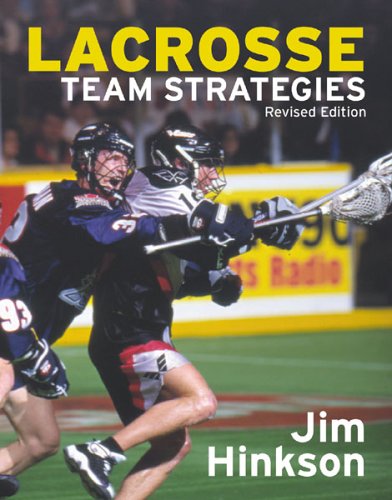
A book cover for Lacrosse Team Strategies: The New Offense - Defense System; Jim Hinkson; Sports & Outdoors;